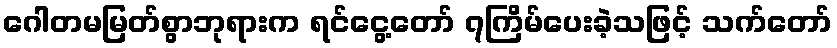
ဂေါတမမြတ်စွာဘုရားက ရင်ငွေ့တော် ၇ကြိမ်ပေးခဲ့သဖြင့် သက်တော်